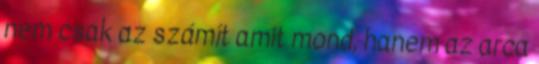
nem csak az számít amit mond, hanem az arca